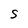
Character: S